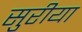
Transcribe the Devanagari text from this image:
सुरीया